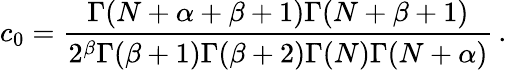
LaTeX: c_{0}={\frac{\Gamma(N+\alpha+\beta+1)\Gamma(N+\beta+1)}{2^{\beta}\Gamma(\beta+1)\Gamma(\beta+2)\Gamma(N)\Gamma(N+\alpha)}}\, .